Report on the cholera epidemic of
Year: 1868
Disease focus: Cholera
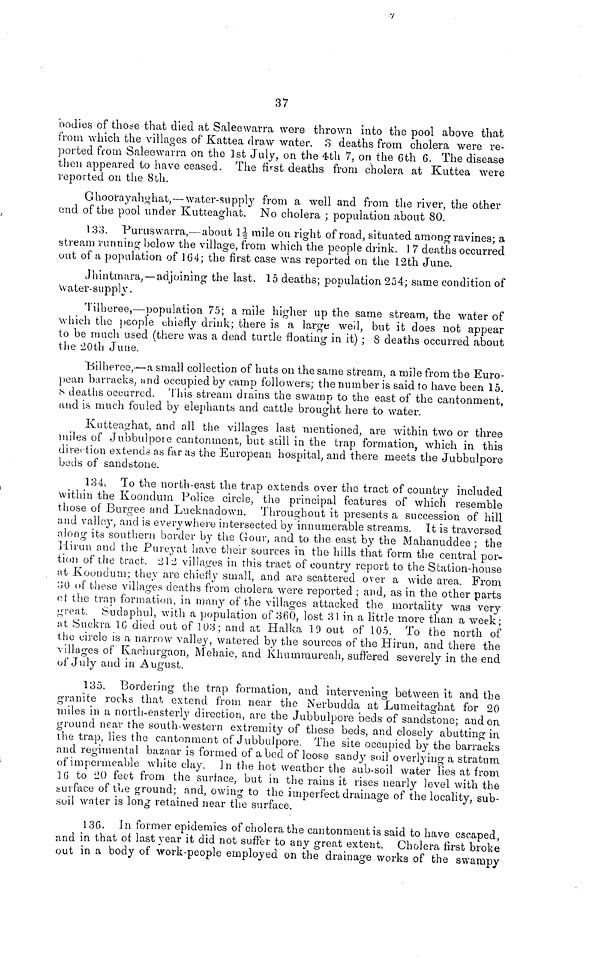
37
bodies of those that died at Salee warra were thrown into the pool above that
from which the villages of Kattea draw water. 3 deaths from cholera were re-
ported from Saleewarra on the 1st July, on the 4th 7, on the 6th 6. The disease
then appeared to have ceased. The first deaths from cholera at Kuttea were
reported on the 8th.
Ghoorayahghat,—water-supply from a well and from the river, the other
end of the pool under Kutteaghat. No cholera ; population about 80.
133. Puruswarra,—about 1½ mile on right of road, situated among ravines; a
stream running below the village, from which the people drink. 1 7 deaths occurred
out of a population of 164; the first case was reported on the 12th June.
Jhintmara,— adjoining the last 15 deaths; population 254; same condition of
water-supply.
Tilberee,—population 75; a mile higher up the same stream, the water of
which the people chiefly drink; there is a large well, but it does not appear
to be much used (there was a dead turtle floating in it) ; 8 deaths occurred about
the 20th June.
Bilheree,—a small collection of huts on the same stream, a mile from the Euro-
pean barracks, and occupied by camp followers; the number is said to have been 15.
S deaths occurred. This stream drains the swamp to the east of the cantonment,
and is much fouled by elephants and cattle brought here to water.
Kutteaghat, and all the villages last mentioned, are within two or three
miles of Jubbulpore cantonment, but still in the trap formation, which in this
direction extendeas far as the European hospital, and there meets the Jubbulpore
beds of sandstone.
134. To the north-east the trap extends over the tract of country included
within the Koondum Police circle, the principal features of which resemble
those of Burgee and Lucknadown. Throughout it presents a succession of hill
and valley, and is everywhere intersected by innumerable streams. It is traversed
along its southern border by the Gour, and to the east by the Mahanuddee ; the
Hirun and the Pureyat have their sources in the hills that form the central por-
tion of the tract. 212 villages in this tract of country report to the Station-house
at Koondum; they are chiefly small, and are scattered over a wide area. From
30 of these villages deaths from cholera were reported ; and, as in the other parts
of the trap formation, in many of the villages attacked the mortality was very
great. Sudaphul, with a population of 360, lost 31 in a little more than a week;
at Suckra 16 died out of 103 ; and at Halka 10 out of 105. To the north of
the circle is a narrow valley, watered by the sources of the Hirun, and there the
villages of Kachurgaon, Mehaie, and Khummureah, suffered severely in the end
of July and in August.
135. Bordering the trap formation, and intervening between it and the
granite rocks that extend from near the Nerbudda at Lumeitaghat for 20
miles in a north-easterly direction, are the Jubbulpore beds of sandstone; and on
ground near the south-western extremity of these beds, and closely abutting in
the trap, lies the cantonment of Jubbulpore. The site occupied by the barracks
and regimental bazaar is formed of abed of loose sandy soil overlying a stratum
of impermeable white clay. In the hot weather the sub-soil water lies at from
16 to 20 feet from the surface, but in the rains it rises nearly level with the
surface of tue ground; and, owing to the imperfect drainage of the locality, sub-
soil water is long retained near the surface.
136. In former epidemics of cholera the cantonment is said to have escaped,
and in that oí last year it did not suffer to any great extent. Cholera first broke
out in a body of work-people employed on the drainage works of the swampy